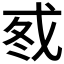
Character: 𰒦